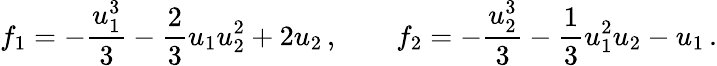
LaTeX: f_{1}=-\frac{u_{1}^{3}}{3}-\frac{2}{3}u_{1}u_{2}^{2}+2u_{2}\, ,\qquad f_{2}=-\frac{u_{2}^{3}}{3}-\frac{1}{3}u_{1}^{2}u_{2}-u_{1}\, .